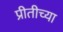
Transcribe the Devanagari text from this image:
प्रीतीच्या